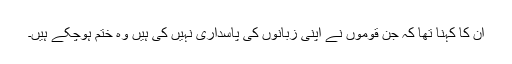
ان کا کہنا تھا کہ جن قوموں نے اپنی زبانوں کی پاسداری نہیں کی ہیں وہ ختم ہوچکے ہیں۔